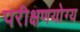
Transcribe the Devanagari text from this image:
परीक्षणयोग्य